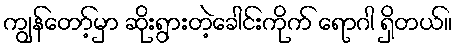
ကျွန်တော့်မှာ ဆိုးရွားတဲ့ခေါင်းကိုက် ရောဂါ ရှိတယ်။